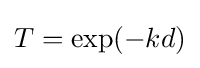
{\textstyle T=\exp(-kd)}